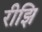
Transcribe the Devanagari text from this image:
रीझि